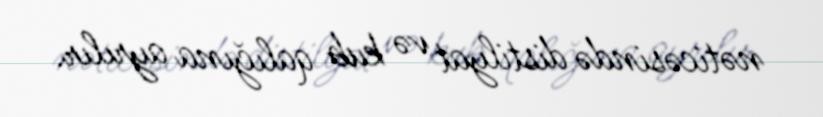
nəticəsində distilyat və kub qalığına ayrılır.